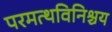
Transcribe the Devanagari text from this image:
परमत्थविनिश्चय